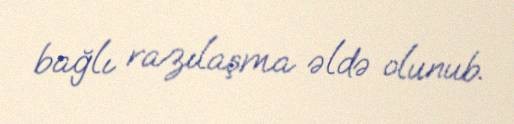
bağlı razılaşma əldə olunub.